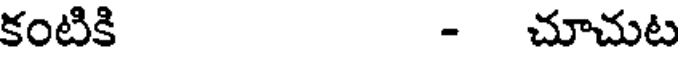
కంటికి - చూచుట